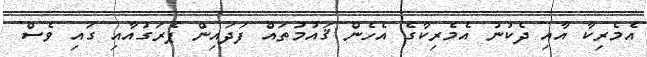
އެމެރިކާ އާއި ދެކުނު އެމެރިކާގެ އެހެން ޤައުމުތައް ފަދައިން ޕެރަގުއާއި ގައި ވެސް